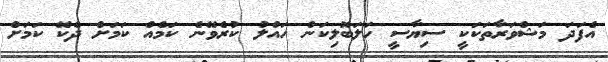
އެފަދަ މަޝްވަރާތަކަކީ ސިޔާސީ ހަލަބޮލިކަން ހައްލު ކުރެވޭނެ ކަމެއް ކަމަށް ދެކޭ ކަމަށް